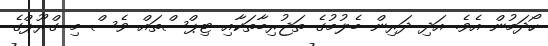
ހޯދަމުން އެވެ. އަދި ދަރިން ބެލުމުގެ ތަޖުރިބާތަކާއި ޓިޕްސްތައް ވެސް މި ގްރޫޕްގެ